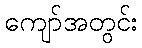
ကျော်အတွင်း